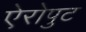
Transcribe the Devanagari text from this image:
ऐरोपुट